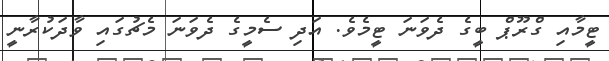
ޓީމާއި ގްރޫޕް ބީގެ ދެވަނަ ޓީމެވެ. އަދި ސެމީގެ ދެވަނަ މެޗުގައި ވާދަކުރާނީ